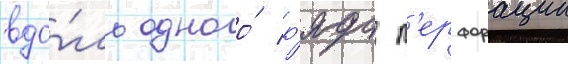
вдо́ль одного́ р'яда п'ерфорации